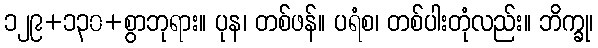
၁၂၉+၁၃၀+စွာဘုရား။ ပုန၊ တစ်ဖန်။ ပရံစ၊ တစ်ပါးတုံလည်း။ ဘိက္ခု၊